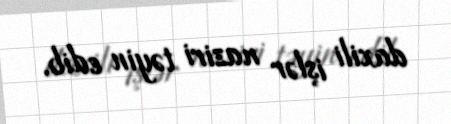
daxili işlər naziri təyin edib.